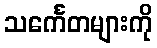
သင်္ကေတများကို